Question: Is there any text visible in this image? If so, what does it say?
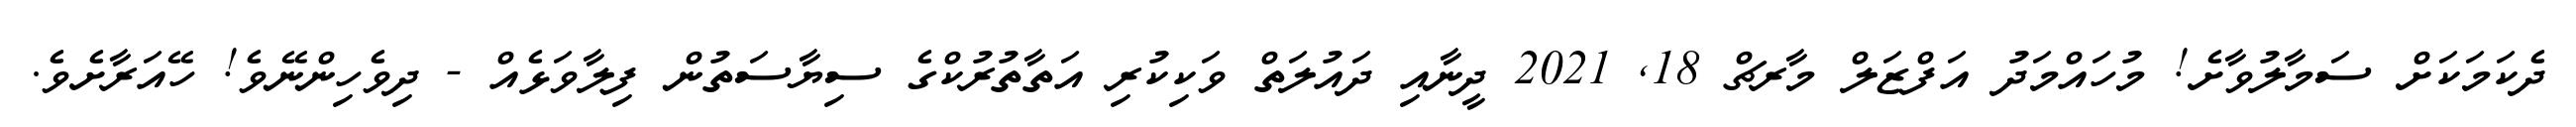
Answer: ދެކަމަކަށް ސަމާލުވާށެ! މުހައްމަދު އަފްޒަލް މާރޗް 18, 2021 ދީނާއި ދައުލަތް ވަކިކުރި އަތާތުރުކްގެ ސިޔާސަތުން ފިލާވަޅެއް - ދިވެހިންނޭވެ! ހޭއަރާށެވެ.